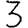
Digit: 3